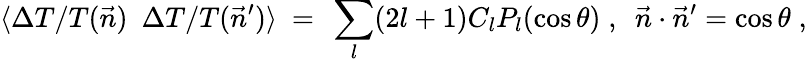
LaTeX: \langle\Delta T/T(\vec{n})~~\Delta T/T(\vec{n}^{\prime})\rangle~=~\sum_{l}(2l+1)C_{l}P_{l}(\cos\theta)\; ,~~\vec{n}\cdot\vec{n}^{\prime}=\cos\theta\; ,